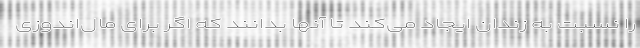
را نسبت به زندان ایجاد می‌کند تا آنها بدانند که اگر برای مال‌اندوزی